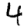
Digit: 4